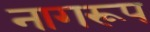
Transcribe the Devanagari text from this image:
नागरूप